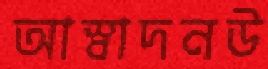
আস্বাদনউ